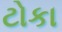
ટોકા